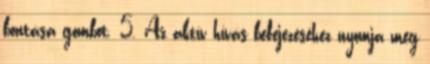
bontása gombot. 5. Az aktív hívás befejezéséhez nyomja meg